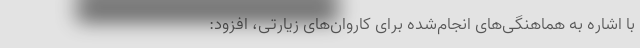
با اشاره به هماهنگی‌های انجام‌شده برای کاروان‌های زیارتی، افزود: